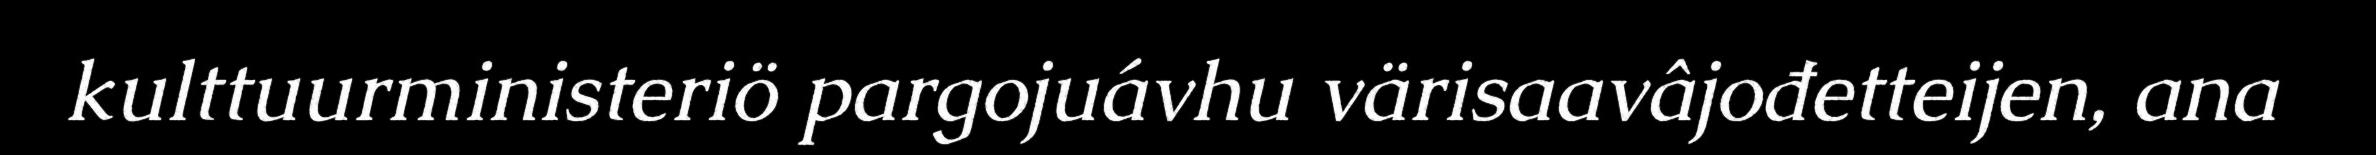
kulttuurministeriö pargojuávhu värisaavâjođetteijen, ana